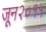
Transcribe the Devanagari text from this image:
जून२०१५